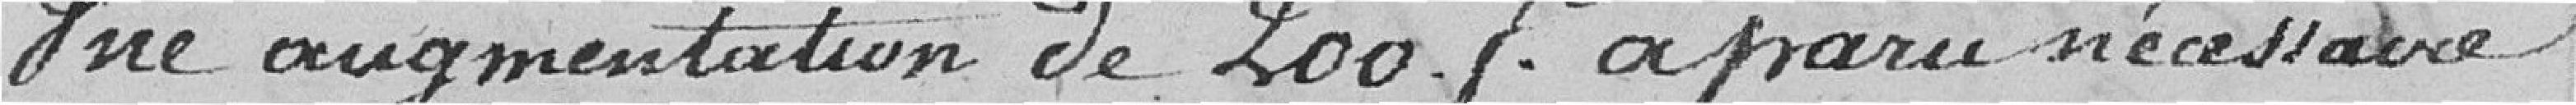
Une augmentation de 200. F a paru nécessaire